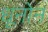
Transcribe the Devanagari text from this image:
धूनोन